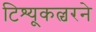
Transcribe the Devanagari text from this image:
टिश्यू्कल्चरने